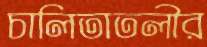
চালিতাতলীর